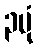
၃ပုံ